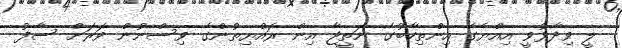
ލީ ވިދާޅުވީ އިއްޔެގެ އިންތިހާބުގެ ނަތީޖާ އިން ރައްޔިތުންގެ ވިސްނުން ވަރަށް ސާފު